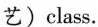
艺)class.